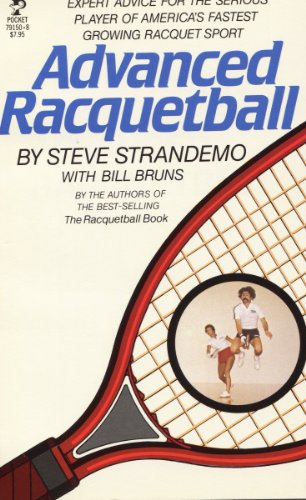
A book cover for Advanced Racquetball; Steve Strandemo; Sports & Outdoors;